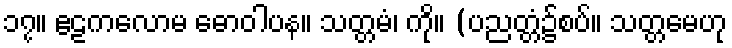
၁၇။ ဧဠကလောမ ဓောဝါပန။ သတ္တမံ၊ ကို။ (ပညတ္တံ၌စပ်။ သတ္တမေဟု